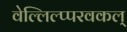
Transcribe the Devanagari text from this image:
वेल्लिल्प्परवकल्